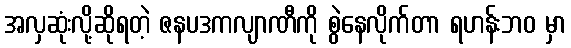
အလှဆုံးလို့ဆိုရတဲ့ ဇနပဒကလျာဏီကို စွဲနေလိုက်တာ ရဟန်းဘဝ မှာ